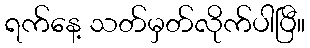
ရက်နေ့ သတ်မှတ်လိုက်ပါပြီ။